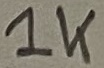
Text: 1K